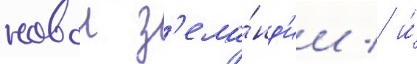
новои з'ела́нд'ии / и́